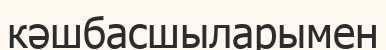
кәшбасшыларымен